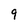
Character: 9